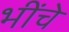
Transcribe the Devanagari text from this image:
भींचे